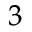
^ 3